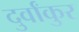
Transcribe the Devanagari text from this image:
दुर्वांकुर